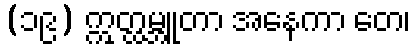
(၁၉) ဣတ္ထမ္ဘူတာ အနေကာ တေ၊